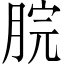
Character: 脘